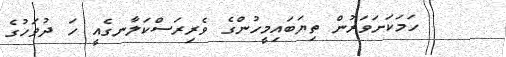
ހަމަކަށަވަރުން ތިޔަބައިމީހުންގެ ވެރިރަސްކަލާނގެއީ ހަ ދުވަހުގެ